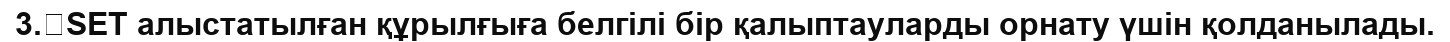
3.	SET алыстатылған құрылғыға белгілі бір қалыптауларды орнату үшін қолданылады.